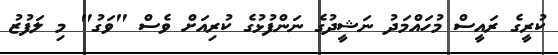
ކުރީގެ ރައީސް މުހައްމަދު ނަޝީދުގެ ނަންފުޅުގެ ކުރިއަށް ވެސް "ވަގު" މި ލަފުޒު